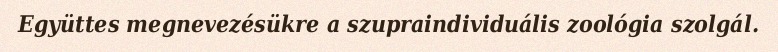
Együttes megnevezésükre a szupraindividuális zoológia szolgál.